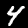
Label: 4